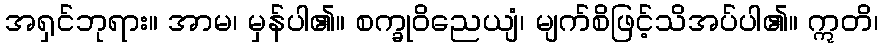
အရှင်ဘုရား။ အာမ၊ မှန်ပါ၏။ စက္ခုဝိညေယျံ၊ မျက်စိဖြင့်သိအပ်ပါ၏။ ဣတိ၊